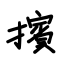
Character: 擯